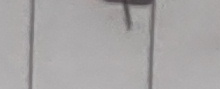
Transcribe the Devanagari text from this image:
ट।